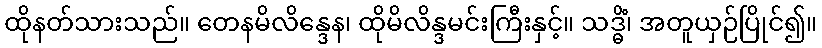
ထိုနတ်သားသည်။ တေနမိလိန္ဒေန၊ ထိုမိလိန္ဒမင်းကြီးနှင့်။ သဒ္ဓိံ၊ အတူယှဉ်ပြိုင်၍။